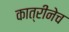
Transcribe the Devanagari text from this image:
कात्रीनेच